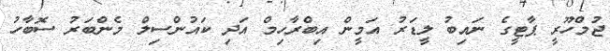
ޖުމްހޫރީ ޕާޓީގެ ނައިބު ލީޑަރު އަމީން އިބްރާހިމް އަދި ކައުންސިލް މެންބަރު ސޮބާހު